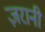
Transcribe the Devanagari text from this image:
ज़रानी